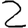
Digit: 2